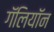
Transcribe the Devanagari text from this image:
गॅलियॉन